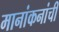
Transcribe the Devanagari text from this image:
मानांकनांची